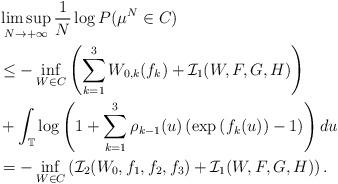
LaTeX: \begin{align*}&\limsup_{N\rightarrow+\infty}\frac{1}{N}\log P(\mu^N\in C)\\&\leq -\inf_{W\in C}\left(\sum_{k=1}^3W_{0,k}(f_k)+\mathcal{I}_1(W,F,G,H)\right)\\&+\int_\mathbb{T}\log\left(1+\sum_{k=1}^3\rho_{k-1}(u)\left(\exp\left(f_k(u)\right)-1\right)\right)du\\&=-\inf_{W\in C}\left(\mathcal{I}_2(W_0, f_1, f_2, f_3)+\mathcal{I}_1(W,F,G,H)\right).\end{align*}